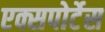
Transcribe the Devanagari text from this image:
एक्सपोर्टेस